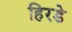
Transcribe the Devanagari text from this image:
हिरडे